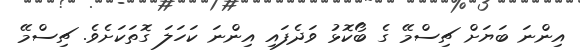
އިންނަ ބަޔަށް ޗިސްމޭ ގެ ބޯކޮޅު ވަދެފައި އިންނަ ކަހަލަ ގޮތަކަށެވެ. ޗިސްމޭ